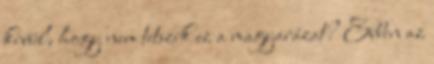
kívül, hogy nem tetszik ez a magyarázat? Ebben az